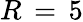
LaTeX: R\, =\, 5